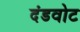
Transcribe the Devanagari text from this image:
दंडवोट